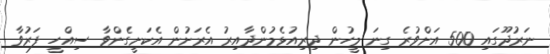
ނަރުދޫގައި 500 އަށްވުރެ ގިނަ މީހުން ދިރިއުޅެމުންދާއިރު އެރަށުން އެކަށީގެންވާ ސިއްހީ ފަރުވާ